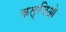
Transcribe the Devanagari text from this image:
कल्चिओ